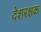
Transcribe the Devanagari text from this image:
देशरक्षक